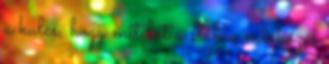
a kulcs, hogy mit lát a stáb a mérkőzés